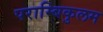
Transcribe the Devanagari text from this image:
पराम्बिकुलम